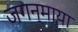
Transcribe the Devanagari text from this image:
जगन्माया